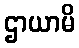
ဌာယာမိ